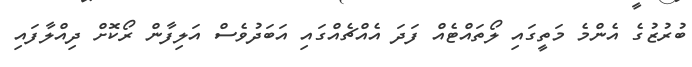
ބުރުޒުގެ އެންމެ މަތީގައި ލޯތައްޓެއް ފަދަ އެއްޗެއްގައި އަބަދުވެސް އަލިފާން ރޯކޮށް ދިއްލާފައި